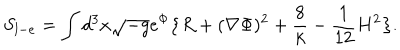
S _ { l - e } = \int d ^ { 3 } x \sqrt { - g } e ^ { \Phi } \big \{ R + ( \nabla \Phi ) ^ { 2 } + { \frac { 8 } { k } } - { \frac { 1 } { 1 2 } } H ^ { 2 } \big \} .